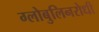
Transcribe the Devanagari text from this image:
ग्लोबुलिनरोधी